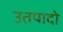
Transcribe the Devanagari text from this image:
उतपादो